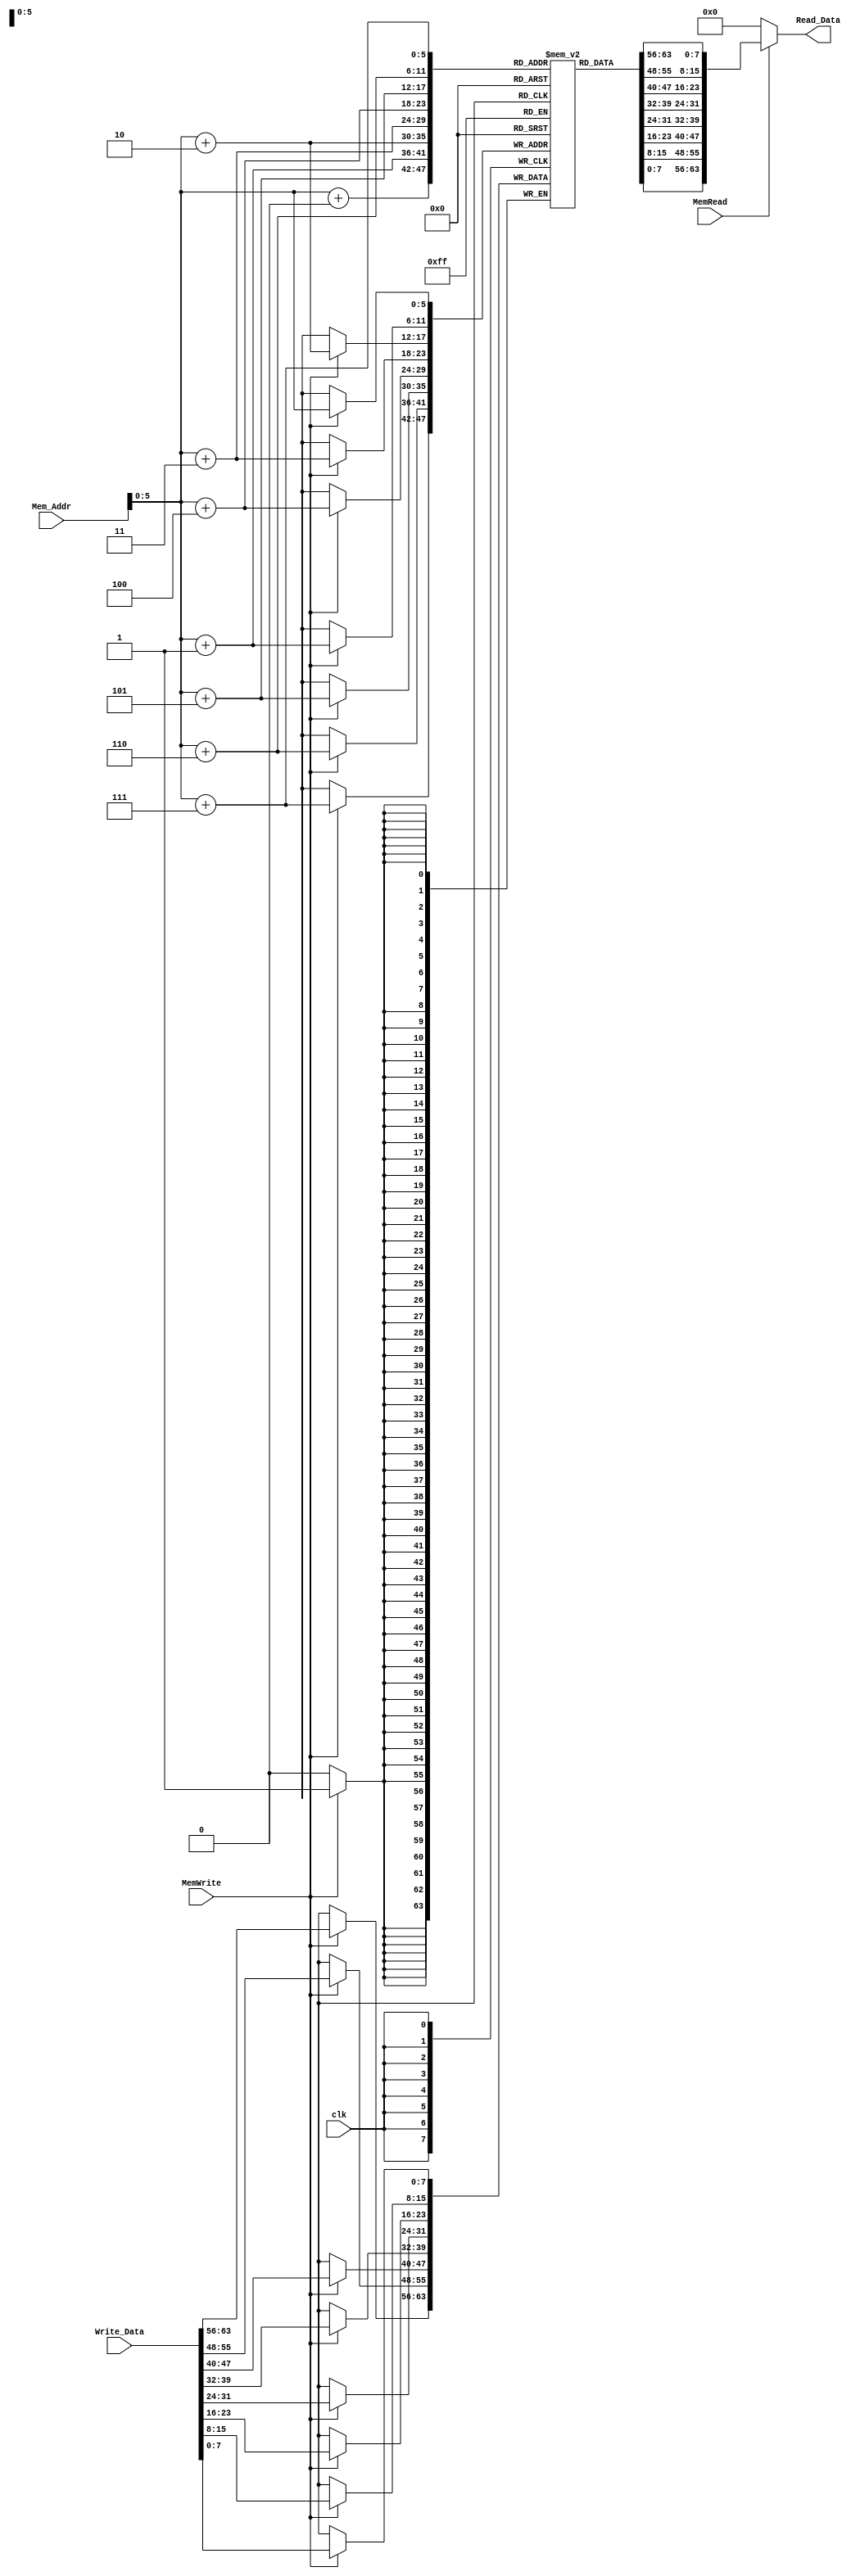
module Data_Memory(
	input [63:0] Mem_Addr,
	input [63:0] Write_Data,
	input clk, MemWrite, MemRead,
	output reg [63:0] Read_Data
);

reg [7:0] data [63:0];

initial
begin
	data[0] = 8'd1;
	data[1] = 8'd0;
	data[2] = 8'd0;
	data[3] = 8'd0;
	data[4] = 8'd0;
	data[5] = 8'd0;
	data[6] = 8'd0;
	data[7] = 8'd0;
	data[8] = 8'd2;
	data[9] = 8'd0;
	data[10] = 8'd0;
	data[11] = 8'd0;
	data[12] = 8'd0;
	data[13] = 8'd0;
	data[14] = 8'd0;
	data[15] = 8'd0;
	data[16] = 8'd3;
	data[17] = 8'd0;
	data[18] = 8'd0;
	data[19] = 8'd0;
	data[20] = 8'd0;
	data[21] = 8'd0;
	data[22] = 8'd0;
	data[23] = 8'd0;
	data[24] = 8'd4;
	data[25] = 8'd0;
	data[26] = 8'd0;
	data[27] = 8'd0;
	data[28] = 8'd0;
	data[29] = 8'd0;
	data[30] = 8'd0;
	data[31] = 8'd0;
	data[32] = 8'd5;
	data[33] = 8'd0;
	data[34] = 8'd0;
	data[35] = 8'd0;
	data[36] = 8'd0;
	data[37] = 8'd0;
	data[38] = 8'd0;
	data[39] = 8'd0;
	data[40] = 8'd6;
	data[41] = 8'd0;
	data[42] = 8'd0;
	data[43] = 8'd0;
	data[44] = 8'd0;
	data[45] = 8'd0;
	data[46] = 8'd0;
	data[47] = 8'd0;
	data[48] = 8'd7;
	data[49] = 8'd0;
	data[50] = 8'd8;
	data[51] = 8'd0;
	data[52] = 8'd0;
	data[53] = 8'd0;
	data[54] = 8'd0;
	data[55] = 8'd0;
	data[56] = 8'd0;
	data[57] = 8'd0;
	data[58] = 8'd0;
	data[59] = 8'd0;
	data[60] = 8'd0;
	data[61] = 8'd0;
	data[62] = 8'd0;
	data[63] = 8'd0;
end
//Memory writing operation:
always @ (posedge clk)
begin
	if (MemWrite)
	begin
		data[Mem_Addr] <= Write_Data[7:0];
		data[Mem_Addr+1] <= Write_Data[15:8];
		data[Mem_Addr+2] <= Write_Data[23:16];
		data[Mem_Addr+3] <= Write_Data[31:24];
		data[Mem_Addr+4] <= Write_Data[39:32];
		data[Mem_Addr+5] <= Write_Data[47:40];
		data[Mem_Addr+6] <= Write_Data[55:48];
		data[Mem_Addr+7] <= Write_Data[63:56];
	end
end
//Memory reading operation:
always @ (Mem_Addr or MemRead or data)
begin 
	if (MemRead)
		Read_Data = {data[Mem_Addr+7], data[Mem_Addr+6], data[Mem_Addr+5], data[Mem_Addr+4], data[Mem_Addr+3], data[Mem_Addr+2], data[Mem_Addr+1], data[Mem_Addr+0]};
	else
		Read_Data = 64'd0;
end

endmodule